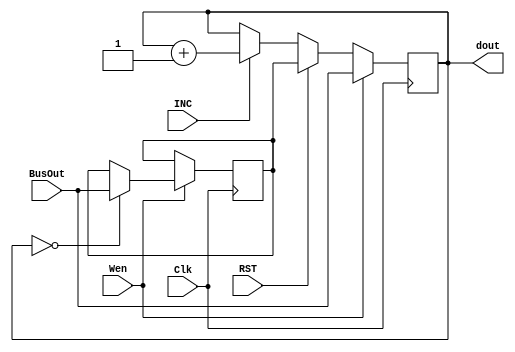
module Module_RP_CP(Wen, BusOut, Clk, RST, INC, dout);
  input Wen, Clk, RST, INC;
  input[7:0] BusOut;
  output reg[7:0] dout = 8'd0;
  reg[7:0] rbase = 8'd0;
  always @(posedge Clk)
    begin
        if (Wen)
            begin
					if((dout == 8'd0))	rbase <= BusOut;           
					dout <= BusOut;
            end
        else if (RST) dout <= rbase;
        else if (INC) dout <= dout+1;
        else            dout <= dout;
      
    end
endmodule